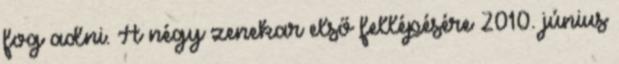
fog adni. A négy zenekar első fellépésére 2010. június